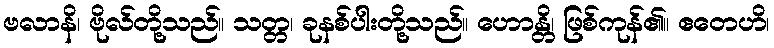
ဗလာနိ၊ ဗိုလ်တို့သည်။ သတ္တ၊ ခုနစ်ပါးတို့သည်။ ဟောန္တိ၊ ဖြစ်ကုန်၏။ ဧတေဟိ၊